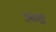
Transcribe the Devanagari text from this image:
उसमी